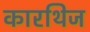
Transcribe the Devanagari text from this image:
कारथिज